Scottish Leaving Certificate Examination, 1955
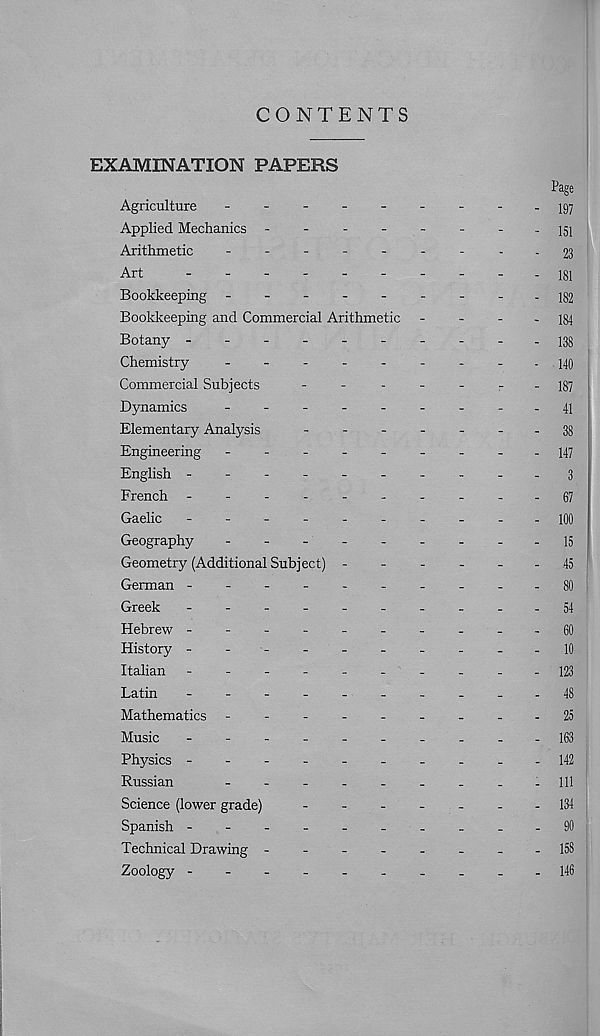
CONTENTS
EXAMINATION PAPERS
Agriculture
------
Applied Mechanics -
-
-
-
-
Arithmetic
------
Art
-------
Bookkeeping ------
Bookkeeping and Commercial Arithmetic
Botany -------
Chemistry
Commercial Subjects
-
-
-
-
Dynamics
------
Elementary Analysis
-
-
-
-
Engineering ------
English -------
French -------
Gaelic
-------
Geography
------
Geometry (Additional Subject) -
German -------
Greek
-------
Hebrew -------
History -
-
-
Italian -------
Latin
-------
Mathematics ------
Music
-------
Physics -------
Russian
Science (lower grade)
-
-
-
_
Spanish -------
Technical Drawing -
-
-
-
-
Zoology
Page
197
151
23
181
182
184
138
140
187
41
38
147
3
67
100
15
45
80
54
60
10
123
48
25
163
142
111
134
90
158
146